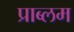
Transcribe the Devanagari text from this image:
प्राब्लम